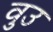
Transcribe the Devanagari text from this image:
वुउ